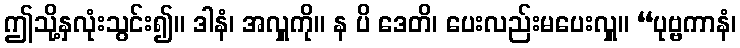
ဤသို့နှလုံးသွင်း၍။ ဒါနံ၊ အလှူကို။ န ပိ ဒေတိ၊ ပေးလည်းမပေးလှူ။ “ပုဗ္ဗကာနံ၊